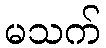
မသက်